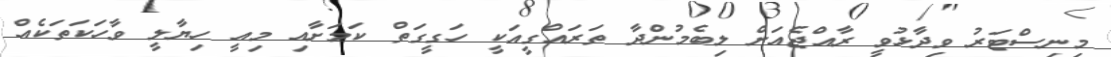
މިނިސްޓަރު ވިދާޅުވީ ރާއްޖެއަށް ލިބެމުންދާ ތަރައްގީއަކީ ހަގީގަތް ކަމަށާއި މިއީ ހިޔާލީ ވާހަކަތަކެއް